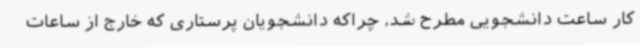
کار ساعت دانشجویی مطرح شد، چراکه دانشجویان پرستاری که خارج از ساعات